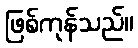
ဖြစ်ကုန်သည်။